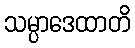
သမ္ပာဒေထာတိ